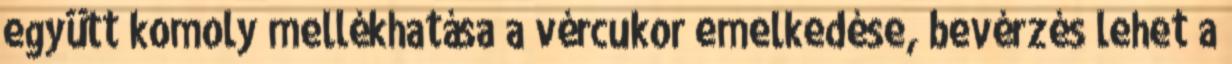
együtt komoly mellékhatása a vércukor emelkedése, bevérzés lehet a